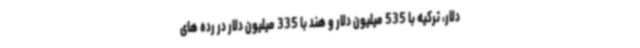
دلار، ترکیه با 535 میلیون دلار و هند با 335 میلیون دلار در رده های